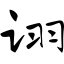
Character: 诩